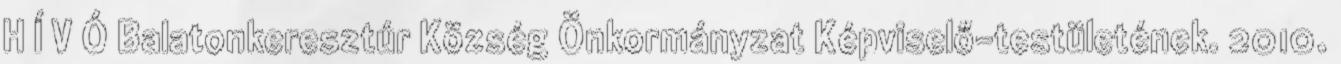
H Í V Ó Balatonkeresztúr Község Önkormányzat Képviselő-testületének. 2010.